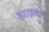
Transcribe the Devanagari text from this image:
झाड़ली